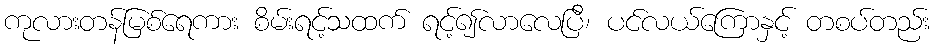
ကုလားတန်မြစ်ရေကား စိမ်းရင့်သထက် ရင့်၍လာလေပြီ၊ ပင်လယ်ကြောနှင့် တစပ်တည်း